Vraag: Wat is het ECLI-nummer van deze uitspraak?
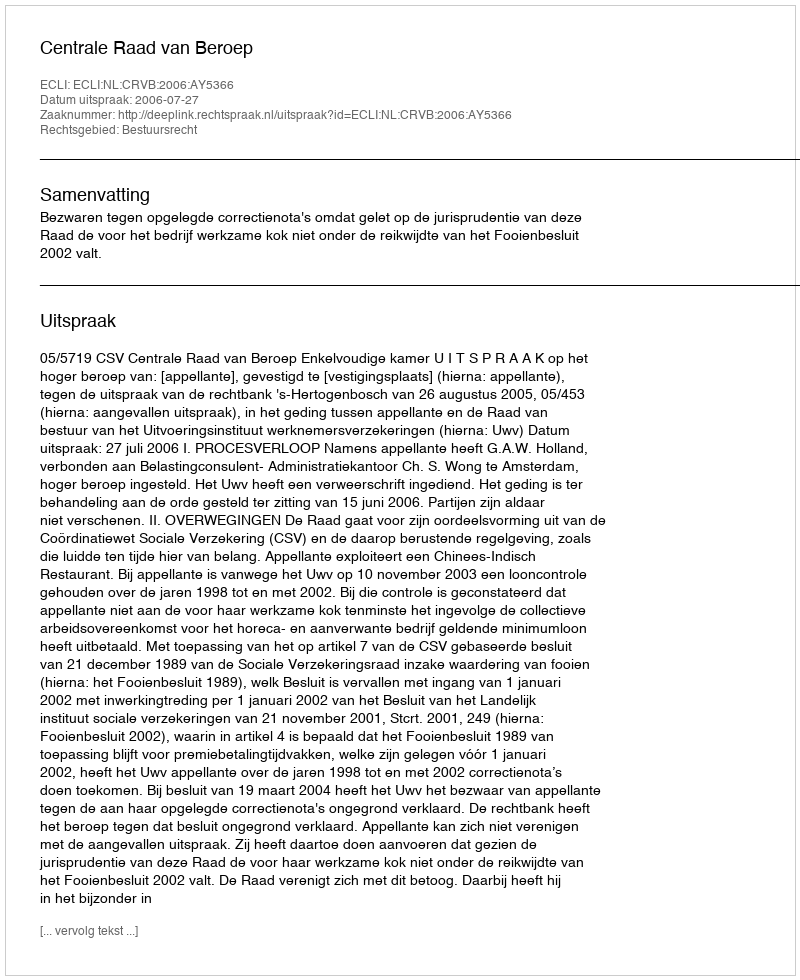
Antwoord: ECLI:NL:CRVB:2006:AY5366